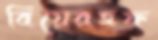
বিয়েরহফ